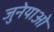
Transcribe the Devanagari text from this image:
जुनेयाओ